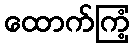
ထောက်ကြံ့